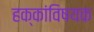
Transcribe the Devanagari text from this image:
हक्कांविषयक